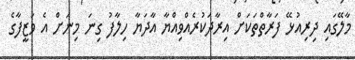
މާލޭގައި ދިރިއުޅޭ ފަރާތްތަކަށް އިރާދަކުރެއްވިއްޔާ އާދަޔާ ހިލާފު ގިނަ މިނަށް އެ ވަޒީފާގެ